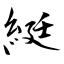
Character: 綎